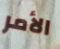
الأمر